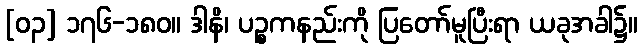
[၀၃] ၁၇၆-၁၈၀။ ဒါနိ၊ ပဉ္စကနည်းကို ပြတော်မူပြီးရာ ယခုအခါ၌။